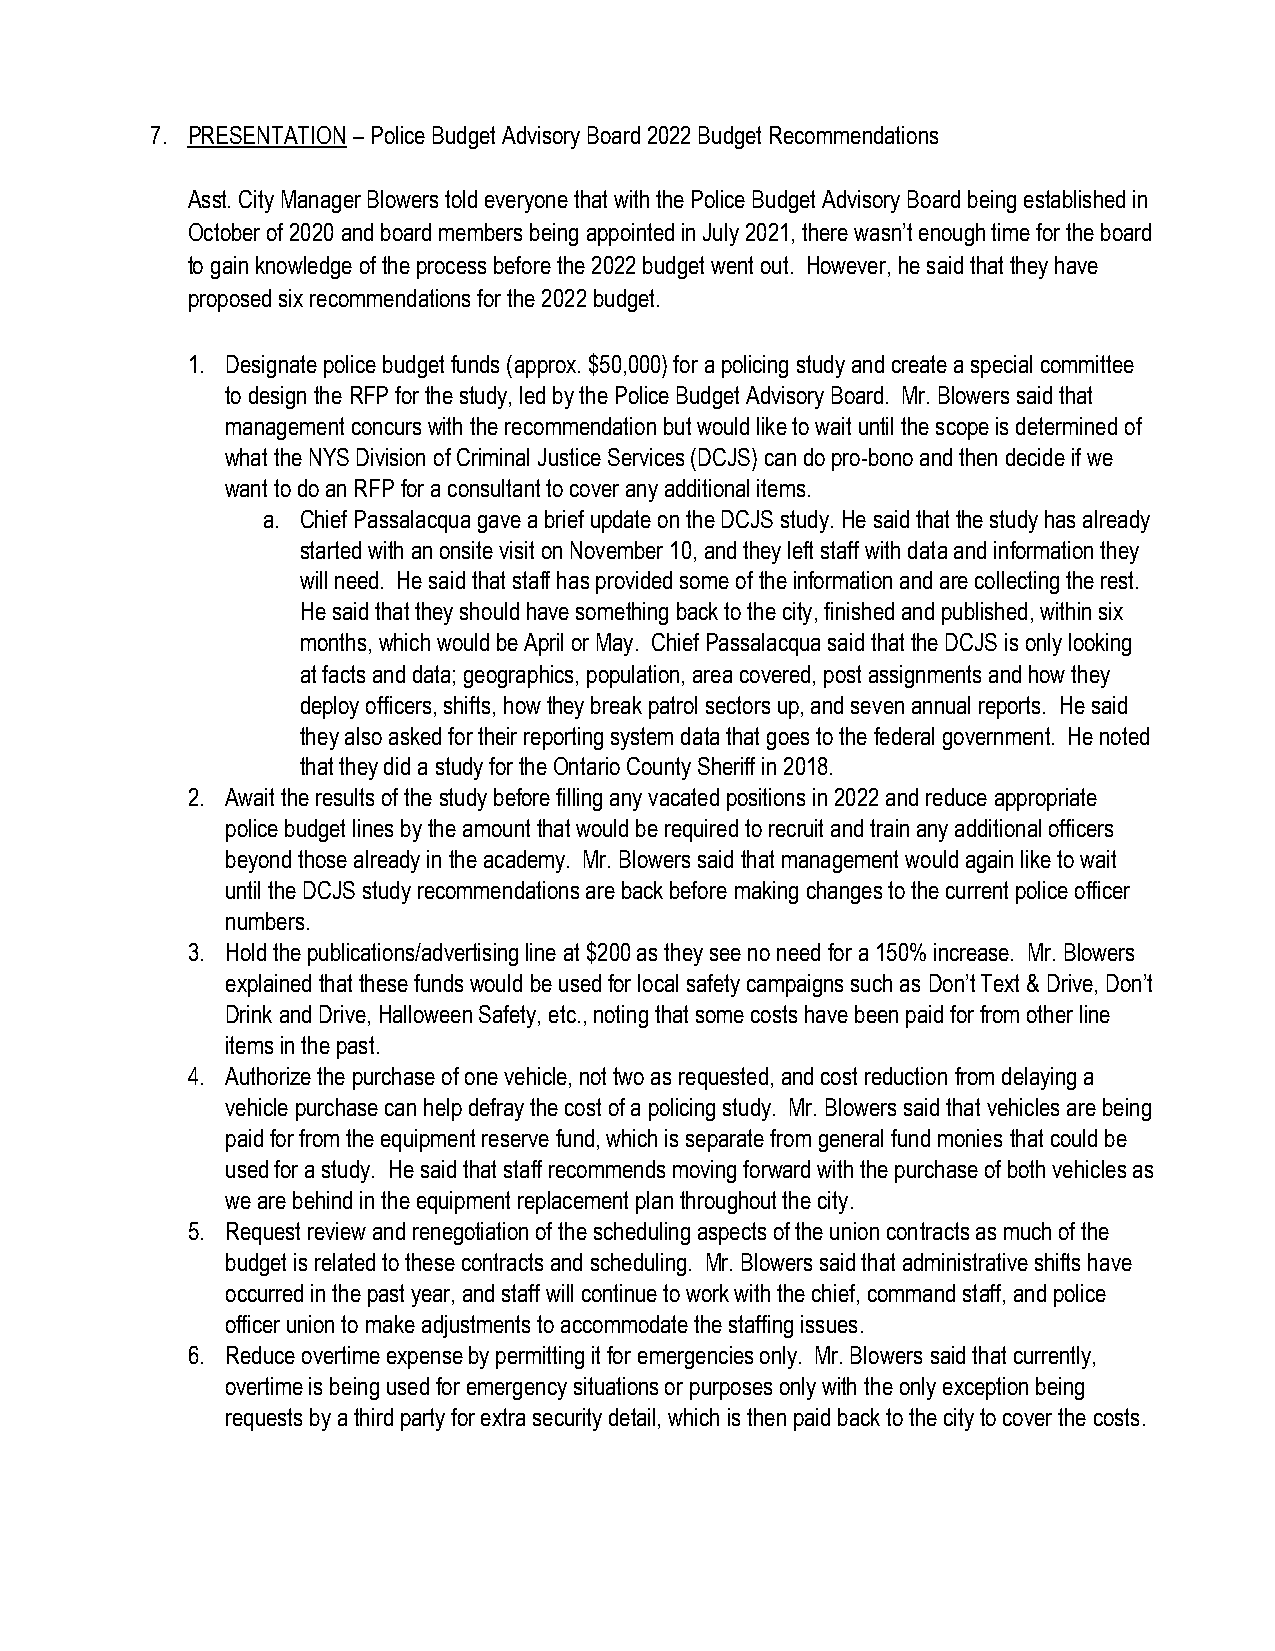
7. PRESENTATION – Police Budget Advisory Board 2022 Budget Recommendations
 Asst. City Manager Blowers told everyone that with the Police Budget Advisory Board being established in
 October of 2020 and board members being appointed in July 2021, there wasn’t enough time for the board
 to gain knowledge of the process before the 2022 budget went out. However, he said that they have
 proposed six recommendations for the 2022 budget.
 1. Designate police budget funds (approx. $50,000) for a policing study and create a special committee
 to design the RFP for the study, led by the Police Budget Advisory Board. Mr. Blowers said that
 management concurs with the recommendation but would like to wait until the scope is determined of
 what the NYS Division of Criminal Justice Services (DCJS) can do pro-bono and then decide if we
 want to do an RFP for a consultant to cover any additional items.
 a. Chief Passalacqua gave a brief update on the DCJS study. He said that the study has already
 started with an onsite visit on November 10, and they left staff with data and information they
 will need. He said that staff has provided some of the information and are collecting the rest.
 He said that they should have something back to the city, finished and published, within six
 months, which would be April or May. Chief Passalacqua said that the DCJS is only looking
 at facts and data; geographics, population, area covered, post assignments and how they
 deploy officers, shifts, how they break patrol sectors up, and seven annual reports. He said
 they also asked for their reporting system data that goes to the federal government. He noted
 that they did a study for the Ontario County Sheriff in 2018.
 2. Await the results of the study before filling any vacated positions in 2022 and reduce appropriate
 police budget lines by the amount that would be required to recruit and train any additional officers
 beyond those already in the academy. Mr. Blowers said that management would again like to wait
 until the DCJS study recommendations are back before making changes to the current police officer
 numbers.
 3. Hold the publications/advertising line at $200 as they see no need for a 150% increase. Mr. Blowers
 explained that these funds would be used for local safety campaigns such as Don’t Text & Drive, Don’t
 Drink and Drive, Halloween Safety, etc., noting that some costs have been paid for from other line
 items in the past.
 4. Authorize the purchase of one vehicle, not two as requested, and cost reduction from delaying a
 vehicle purchase can help defray the cost of a policing study. Mr. Blowers said that vehicles are being
 paid for from the equipment reserve fund, which is separate from general fund monies that could be
 used for a study. He said that staff recommends moving forward with the purchase of both vehicles as
 we are behind in the equipment replacement plan throughout the city.
 5. Request review and renegotiation of the scheduling aspects of the union contracts as much of the
 budget is related to these contracts and scheduling. Mr. Blowers said that administrative shifts have
 occurred in the past year, and staff will continue to work with the chief, command staff, and police
 officer union to make adjustments to accommodate the staffing issues.
 6. Reduce overtime expense by permitting it for emergencies only. Mr. Blowers said that currently,
 overtime is being used for emergency situations or purposes only with the only exception being
 requests by a third party for extra security detail, which is then paid back to the city to cover the costs.